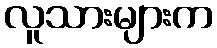
လူသားများက